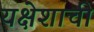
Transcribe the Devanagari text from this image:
यक्षेशाची